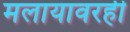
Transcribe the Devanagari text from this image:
मलायावरही